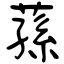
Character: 荪